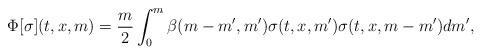
LaTeX: \begin{align*}\Phi [ \sigma ] (t,x,m) = \frac{m}{2}\int_{0}^{m}\beta(m-m',m') \sigma(t,x,m') \sigma(t,x,m-m')dm' ,\end{align*}